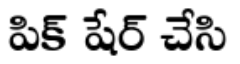
పిక్ షేర్ చేసి